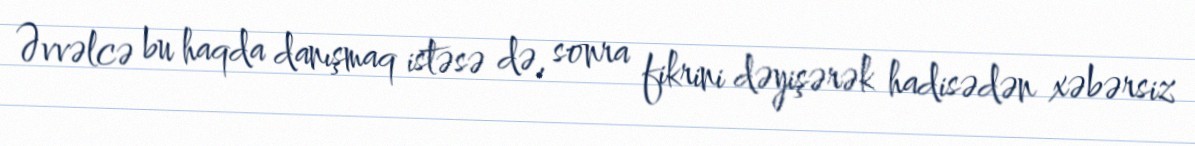
Əvvəlcə bu haqda danışmaq istəsə də, sonra fikrini dəyişərək hadisədən xəbərsiz